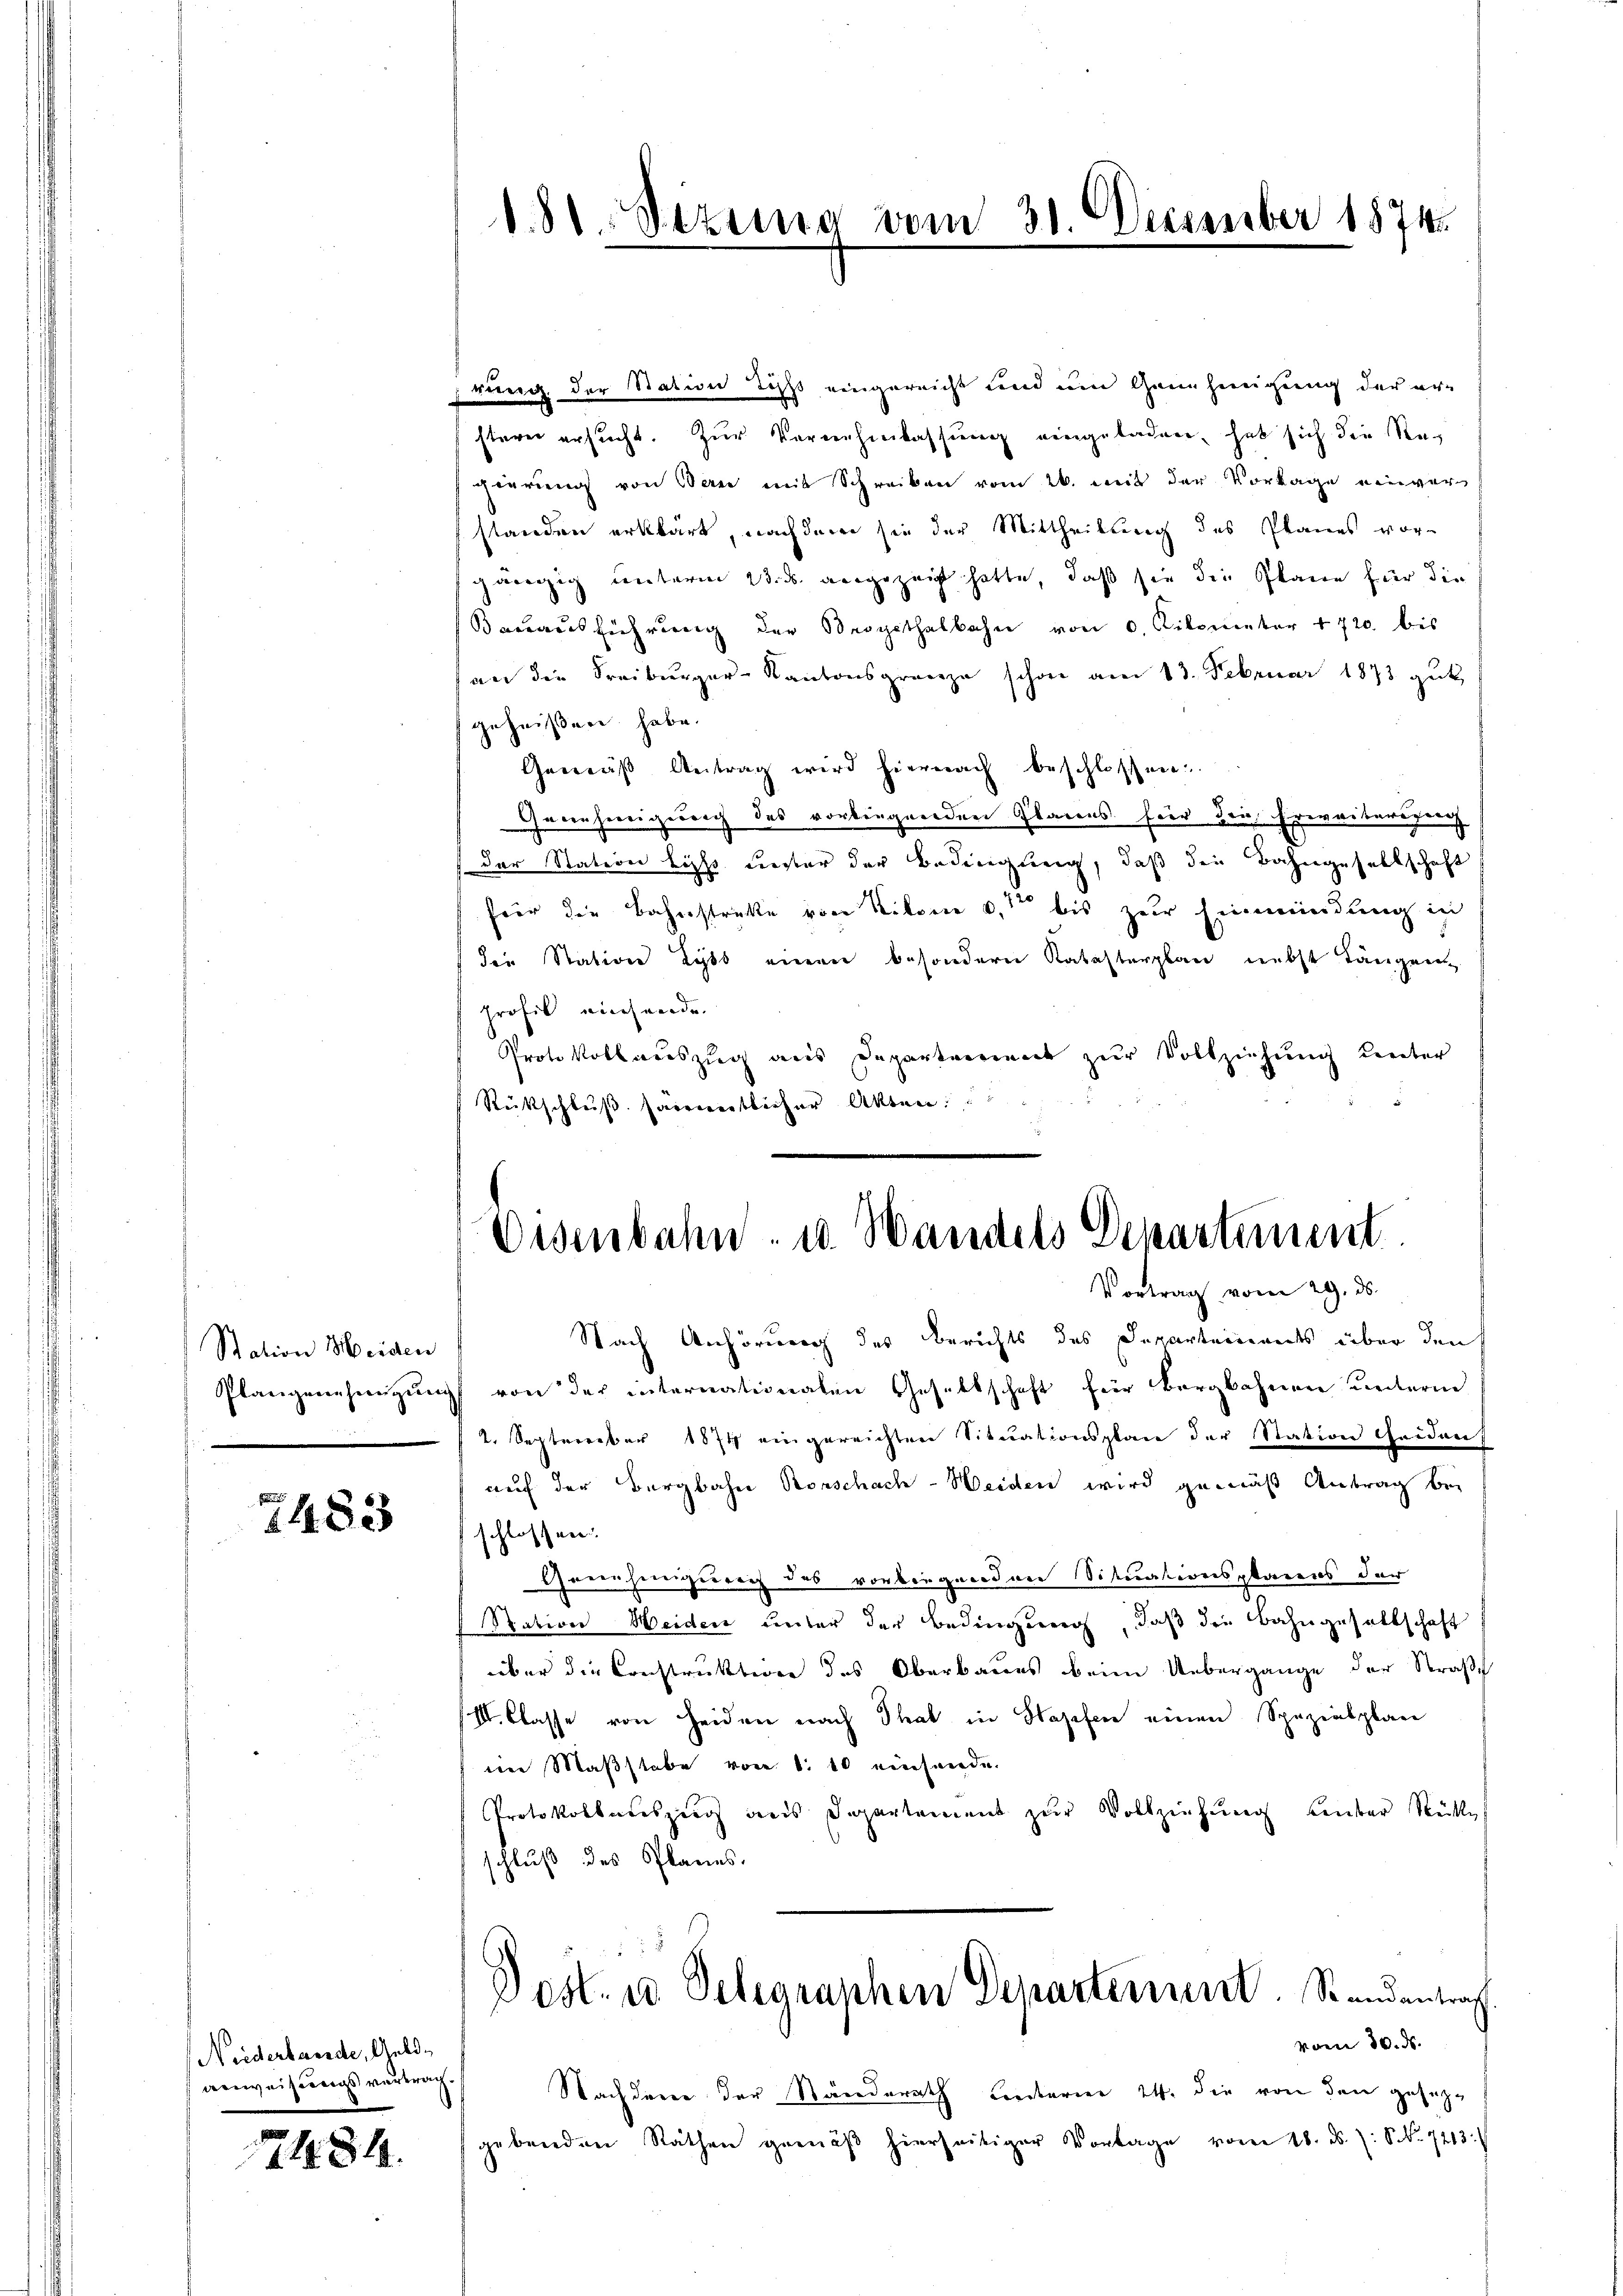
Station Heiden

7483

Niederbande, Geldanweisungsvertrag

2484.

wung der Station des eingereicht und um Genehmigung der er-
stern ersucht. Zur Vernehmlassung eingeladen, hat sich die Regierung von Bern mit Schreiben vom 26. mit der Vorlage einverstanden erklärt, nachdem sie der Mittheilung des Planes vorgängig unterm 23. ds. angezeigt hatte, daß sie die Plane für die
Bauausführung der Bergethalbahn von 0, Kilometer 1720. bis
an die Freiburger-Kantonsgrenze schon am 13. Februar 1873 gŭt
geheißen habe.
Gemäß Antrag wird hiernach beschlossen:
Gerrühereigebrach des vorliegenden Glarus für den Erweitersgrenz
der Station Licht fester der Bedingung, daß die Bahngesellschaft
für die Bahnstrakte von Ritone u. bis zur Einmündung in
die Station Lyss einen besondern Katasterplan nebst Längen
profil mich werde.
Protokollauszug aus Departement zur Vollziehung treiter
Rückschluß. Harriertlicher Akten.

1. 81. Sezung vom 31. Deczember 1874.

Eisenbahn- u. Wandels Departement
Vortrag vom 29. ds.

Nach Anhörung des Berichts des Departeinants über den
Plangenehmigung von der internationalen Gesellschaft für Bergbahnen unterm
2. September 1874 eingereichten Situationsplan der Station beiden
auf der Bergbahn Rorschach-Weiden wird gemäß Antrag bei
schlossen.
Greenhinigereit des vorbergeordnen Situationsplarens der
Station Heiden unter der Bedingung, daß die Bahngesellschaft
über die Construktion des Oberbaues beim Übergange der Straße
III. Classe von Heiden nach That in Hasefen einen Spezialplan
im Maßstabe von 1. 10 einsenden
Protokollateszug des Departement zur Vollziehung ueber Stückes
schluß des Planes.
Dost. u Seligraphen Departement. Randantrag
vom 20. ds.
Nachdenen der Ständerath Lentarier 24. die von den gesezgebenden Räthen gemäβ hierseitiger Vorlage vom 18. d. J. S. 7213.